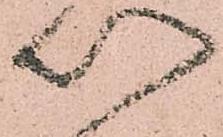
以